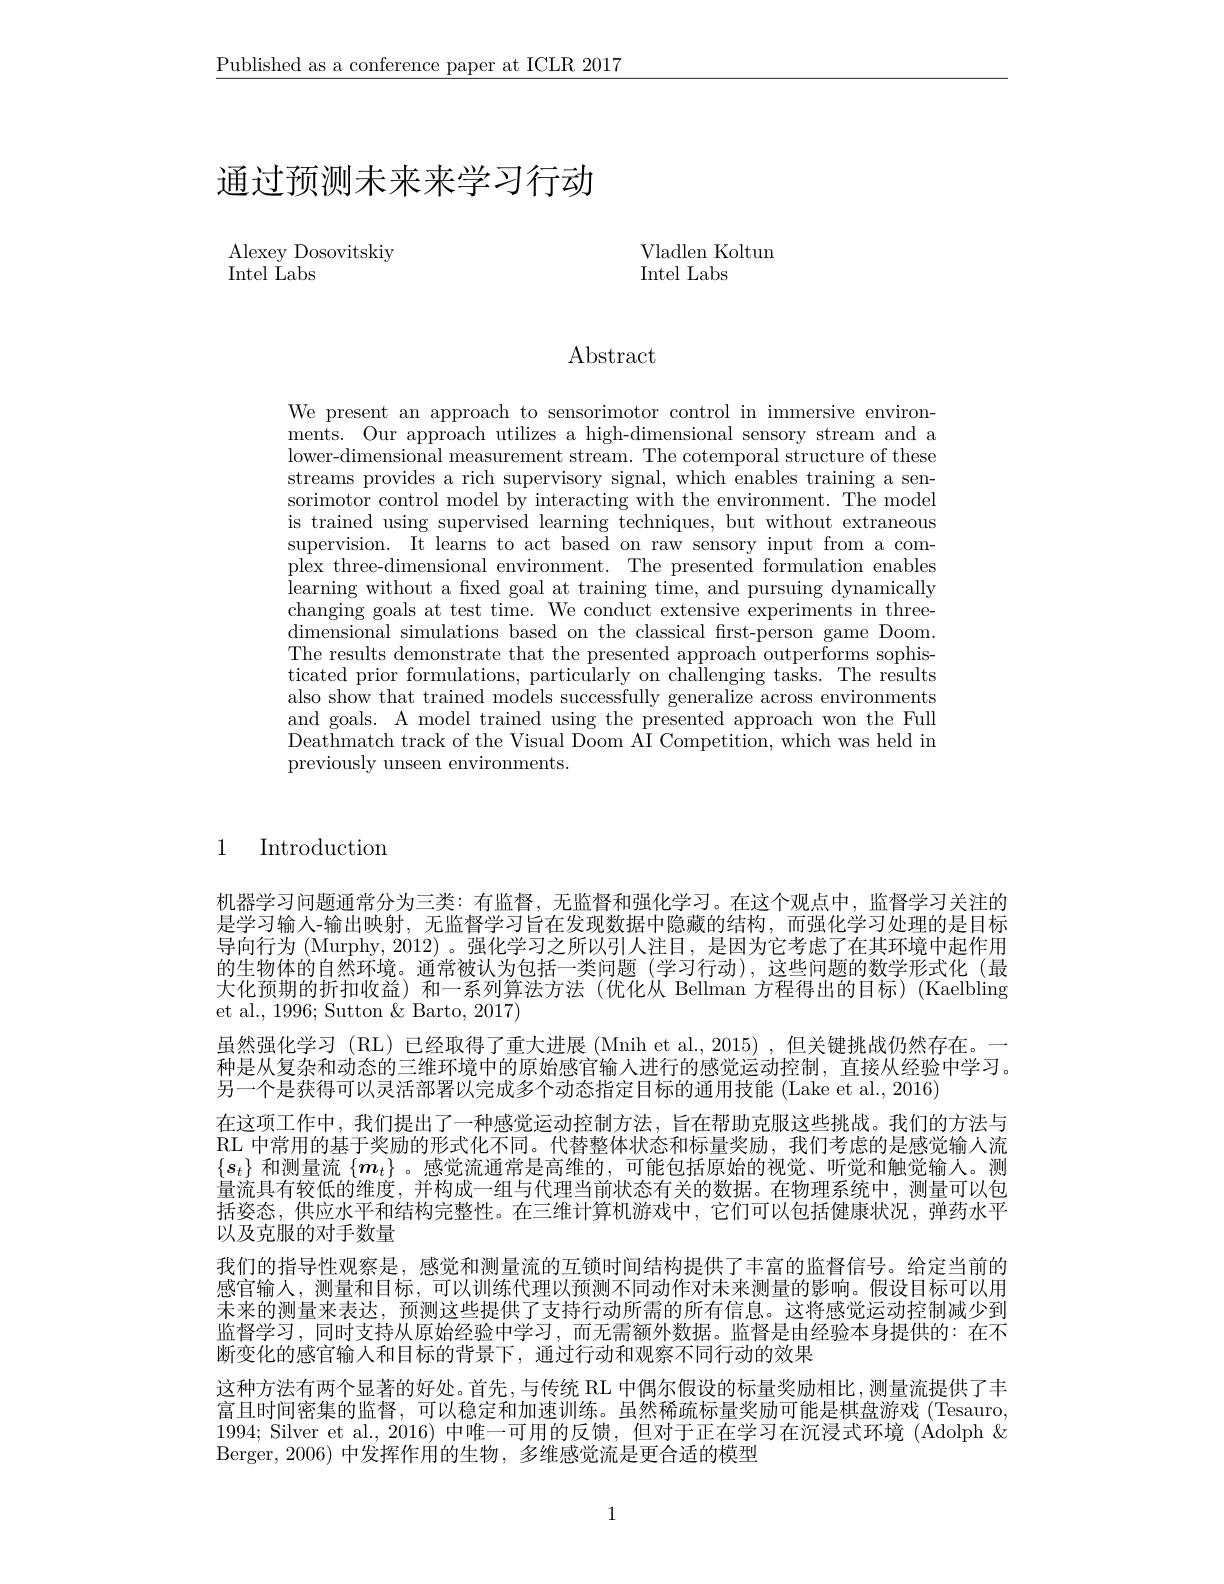
$\underline{\text{Published as a conference paper at ICLR 2017}}$

# 通过预测未来来学习行动

Alexey Dosovitskiy
Intel Labs

Vladlen Koltun
Intel Labs

$\operatorname{Abstract}$

We present an approach to sensorimotor control in immersive environments. Our approach utilizes a high-dimensional sensory stream and a lower-dimensional measurement stream. The cotemporal structure of these streams provides a rich supervisory signal, which enables training a sensorimotor control model by interacting with the environment. The model is trained using supervised learning techniques, but without extraneous supervision. It learns to act based on raw sensory input from a complex three-dimensional environment. The presented formulation enables learning without a fixed goal at training time, and pursuing dynamically changing goals at test time. We conduct extensive experiments in three- $\operatorname*{dimensional}$ simulations based on the classical first-person game Doom. The results demonstrate that the presented approach outperforms sophisticated prior formulations, particularly on challenging tasks. The results also show that trained models successfully generalize across environments and goals. A model trained using the presented approach won the Full Deathmatch track of the Visual Doom AI Competition, which was held in previously unseen environments.

1 Introduction

机器学习问题通常分为三类：有监督，无监督和强化学习。在这个观点中，监督学习关注的是学习输人-输出映射，无监督学习旨在发现数据中隐藏的结构，而强化学习处理的是目标导向行为 (Murphy, 2012) 。强化学习之所以引人注目，是因为它考虑了在其环境中起作用的生物体的自然环境。通常被认为包括一类问题 (学习行动),这些问题的数学形式化 (最大化预期的折扣收益) 和一系列算法方法(优化从 Bellman 方程得出的目标)(Kaelbling et al., 1996; Sutton & Barto, 2017)
虽然强化学习(RL)已经取得了重大进展(Mnih et al., 2015),但关键挑战仍然存在。一种是从复杂和动态的三维环境中的原始感官输人进行的感觉运动控制，直接从经验中学习。另一个是获得可以灵活部署以完成多个动态指定目标的通用技能 (Lake et al., 2016)
在这项工作中，我们提出了一种感觉运动控制方法，旨在帮助克服这些挑战。我们的方法与RL 中常用的基于奖励的形式化不同。代替整体状态和标量奖励，我们考虑的是感觉输人流$\{\boldsymbol{s}_t\}$和测量流$\{\boldsymbol{m}_t\}$ 。感觉流通常是高维的，可能包括原始的视觉、听觉和触觉输入。测量流且有较低的维度。并构成一组与代理当前状态石关的数据。在物现系统中，测最可以句括姿态，供应水平和结构完整性。在三维计算机游戏中，它们可以包括健康状况，弹药水平以及克服的对手数量
我们的指导性观察是，感觉和测量流的互锁时间结构提供了丰富的监督信号。给定当前的感官输人，测量和目标，可以训练代理以预测不同动作对未来测量的影响。假设目标可以用未来的测量来表达，预测这些提供了支持行动所需的所有信息。这将感觉运动控制减少到监督学习，同时支持从原始经验中学习，而无需额外数据。监督是由经验本身提供的：在不断变化的感官输入和目标的背景下，通过行动和观察不同行动的效果
这种方法有两个显著的好处。首先，与传统 RL 中偶尔假设的标量奖励相比，测量流提供了丰富且时间密集的监督，可以稳定和加速训练。虽然稀疏标量奖励可能是棋盘游戏 (Tesauro, 1994; Silver et al.,2016) 中唯一可用的反馈，但对于正在学习在沉浸式环境 (Adolph & Berger, 2006) 中发挥作用的生物，多维感觉流是更合适的模型

1